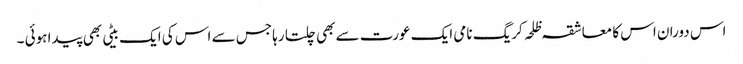
اس دوران اس کا معاشقہ ظلحہ کریگ نامی ایک عورت سے بھی چلتا رہا جس سے اس کی ایک بیٹی بھی پیدا ہوئی ۔